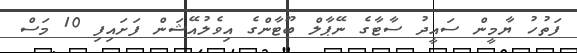
ފަތުހު ޔާމީން ސައީދު ސާޓާގެ ނޭޕާލް ބޫޓާންގެ އިވެލުއޭޝަން ފަށައިފި 10 މަސް